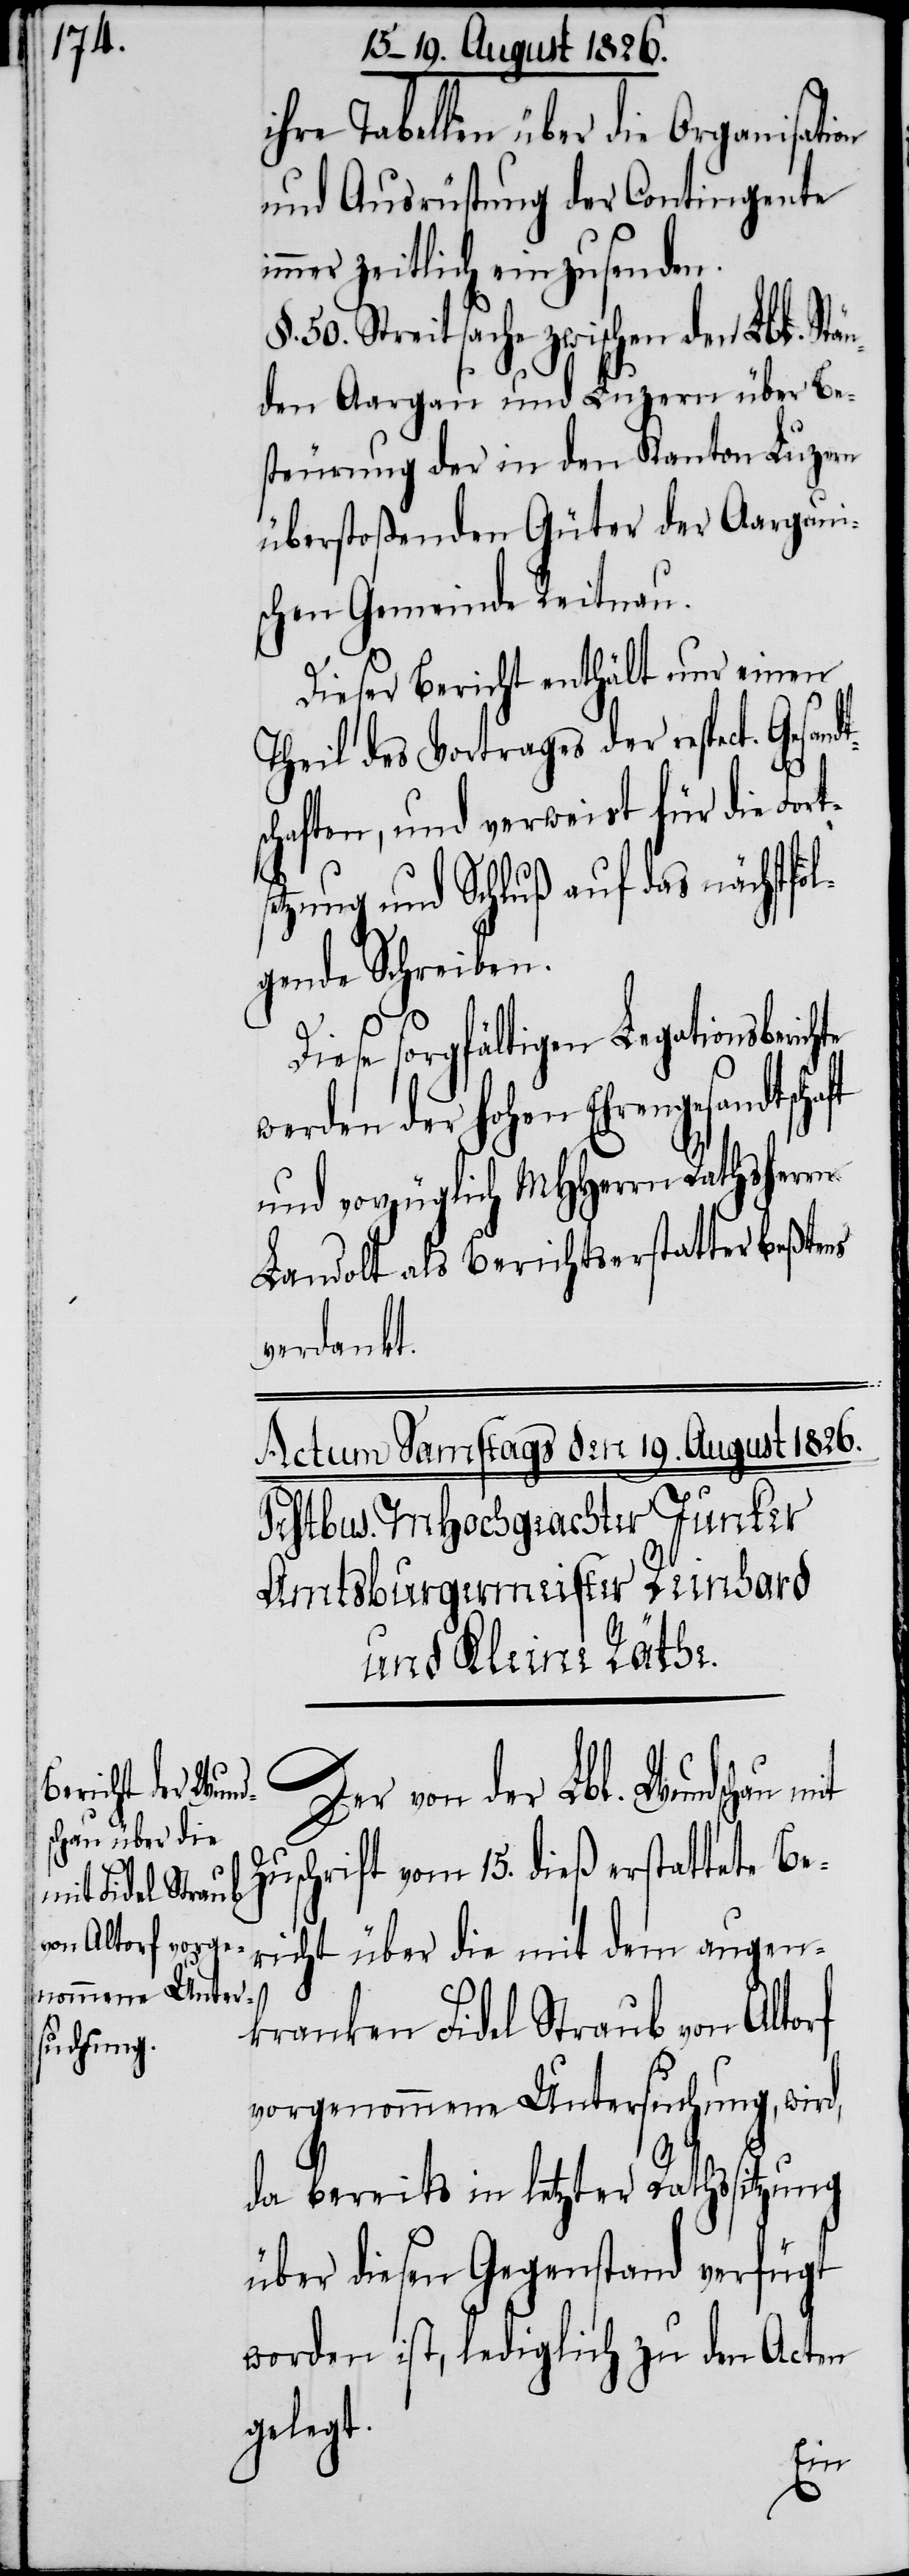
ihre Tabellen über die Organisation
und Ausrüstung der Contingente
zeitgleich einzusenden.
50. Streitsache zwischen den Lbl. St¬
den Aargau und Luzern über Be¬
steuerung der in den Kanton Luzern
überstoßenden Güter der Aargaui¬
schen Gemeinde Reitnau.
Dieser Bericht enthält nur einen
Theil des Vortrages der respect. Gesan¬
schaften, und verweist für die Fort¬
setzung und Schluß auf das nächstfo¬
lgende Schreiben.
Diese sorgfältigen Legationsberic¬
werden der hohen Ehrengesandtsc¬
und vorzüglich MHHerrn Rathsherrn
Landolt als Berichtserstatter beßtens
verdankt.
Der von der Lbl. Wundschau m¬
Zuschrift vom 15. dieß erstattete Be¬
richt über die mit dem augen¬
kranken Fidel Straub von Altorf
vorgenommene Untersuchung, wird,
it
da bereits in letzter Rathssitzung
über diesen Gegenstand verfügt
worden ist, lediglich zu den Acten
gelegt.